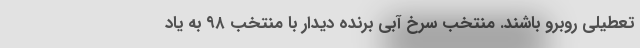
تعطیلی روبرو باشند. منتخب سرخ آبی برنده دیدار با منتخب ۹۸ به یاد